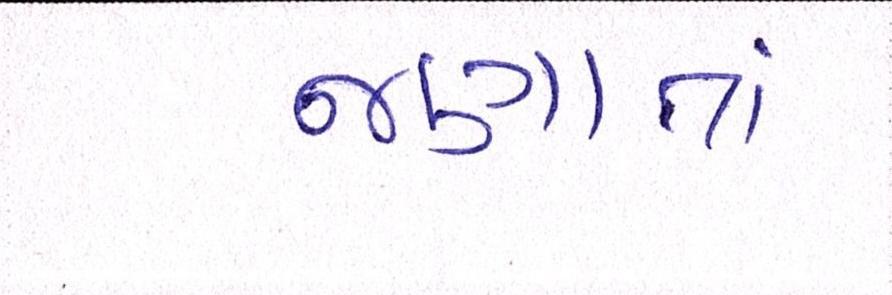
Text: જણાતાં